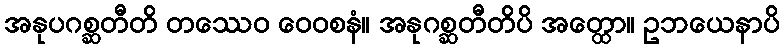
အနုပဂစ္ဆတီတိ တဿေဝ ဝေဝစနံ။ အနုဂစ္ဆတီတိပိ အတ္ထော။ ဥဘယေနာပိ